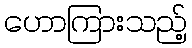
ဟောကြားသည့်